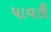
પાવરી